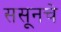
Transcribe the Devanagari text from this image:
ससूनचे